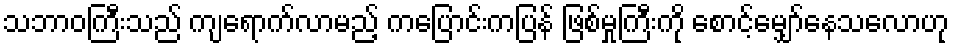
သဘာဝကြီးသည် ကျရောက်လာမည့် ကပြောင်းကပြန် ဖြစ်မှုကြီးကို စောင့်မျှော်နေသလောဟု